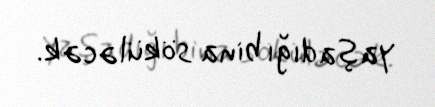
yaşadığı bina söküləcək.